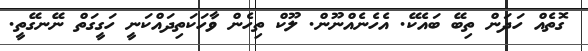
ގޮތެއް ހަދަން ތިބޭ ބައެކޭ. އެހެނެއްނޫން. ލޫކް ތިހެން ވާހަކަތިދައްކަނީ ހަގީގަތް ނޭނގޭތީ.